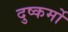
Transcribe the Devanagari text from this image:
दुष्कर्मो